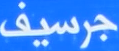
جرسيف